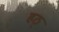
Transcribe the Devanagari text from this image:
हठ्